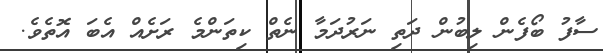
ސާފު ބޯފެން ލިބުން ދަތި ނަރުދަމާ ނެތް ކިތަންމެ ރަށެއް އެބަ އޮތެވެ.